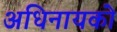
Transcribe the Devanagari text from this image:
अधिनायको